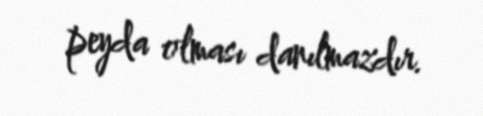
peyda olması danılmazdır.